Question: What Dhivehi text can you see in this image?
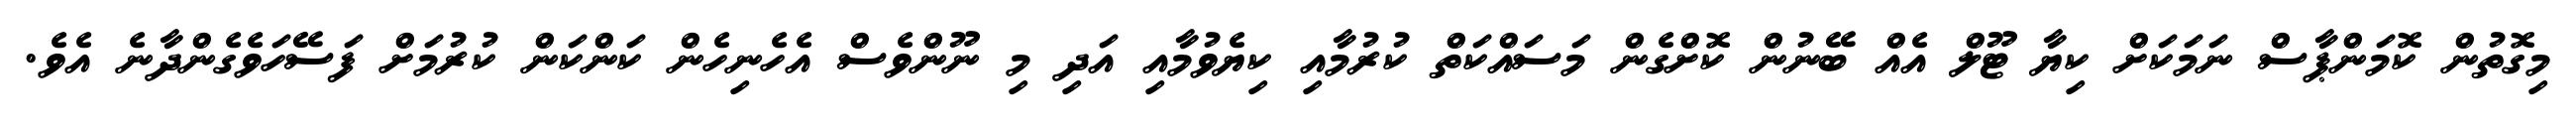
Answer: މިގޮތުން ކޮމަންޕާސް ނަމަކަށް ކިޔާ ޓޫލް އެއް ބޭނުން ކޮށްގެން މަސައްކަތް ކުރުމާއި ކިޔެވުމާއި އަދި މި ނޫންވެސް އެހެނިހެން ކަންކަން ކުރުމަށް ފަސޭހަވެގެންދާނެ އެވެ.